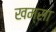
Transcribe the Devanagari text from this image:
खम्सा